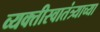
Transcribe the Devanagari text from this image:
व्यक्तीस्वातंत्र्याच्या